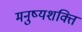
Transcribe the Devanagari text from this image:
मनुष्यशक्ति